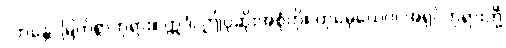
“ဘန္တေ၊ မြတ်စွာဘုရား။ ဣဒံ၊ ဤပုဆိုးအစုံကို။ တုမှေယေဝ၊ အရှင်ဘုရားတို့